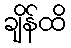
ချိန်ထိ